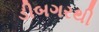
ડીબગરથી